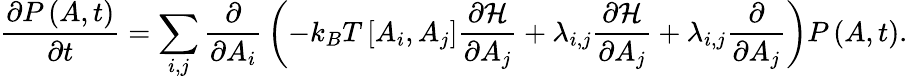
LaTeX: {\frac{\partial P\left(A,t\right)}{\partial t}}=\sum_{i,j}{\frac{\partial}{\partial A_{i}}}\left(-k_{B}T\left[A_{i},A_{j}\right]{\frac{\partial{\mathcal{H}}}{\partial A_{j}}}+\lambda_{i,j}{\frac{\partial{\mathcal{H}}}{\partial A_{j}}}+\lambda_{i,j}{\frac{\partial}{\partial A_{j}}}\right)P\left(A,t\right).